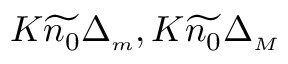
K \widetilde { n _ { 0 } } \Delta _ { { \scriptscriptstyle m } } , K \widetilde { n _ { 0 } } \Delta _ { { \scriptscriptstyle M } }